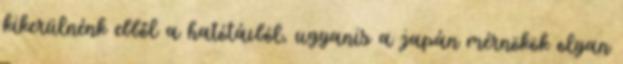
kikerülnénk ebből a hatótávból, ugyanis a japán mérnökök olyan